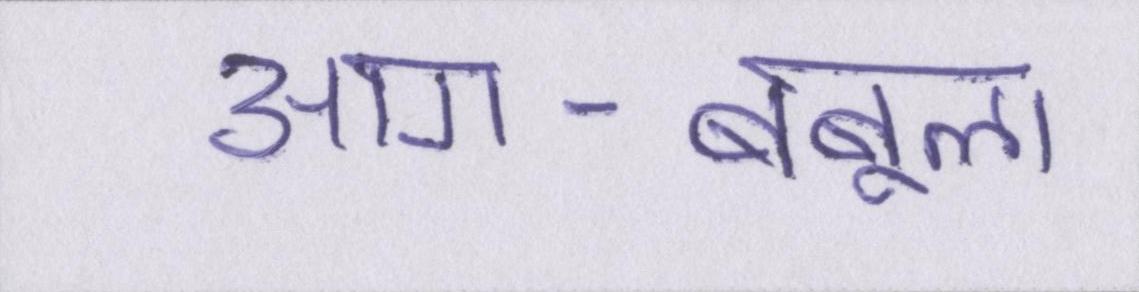
आग-बबूला